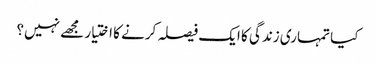
کیا تمہاری زندگی کا ایک فیصلہ کرنے کا اختیار مجھے نہیں؟